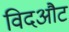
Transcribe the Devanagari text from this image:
विदऔट